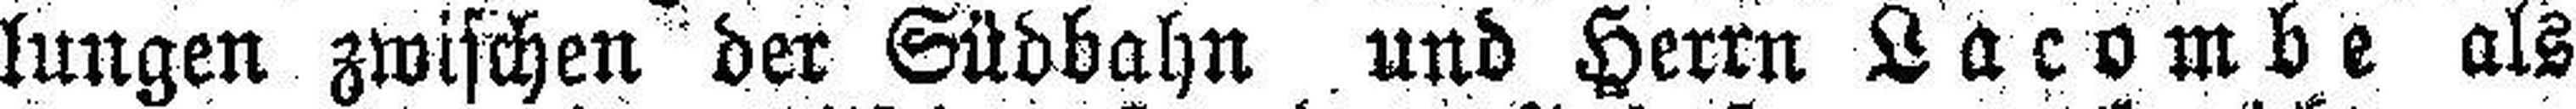
lungen zwischen der Südbahn und Herrn Lacombe als